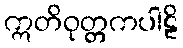
ဣတိဝုတ္တကပါဠိ